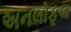
અનલોફૂલ